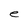
Character: e